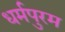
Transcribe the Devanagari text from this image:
धर्मपुरम